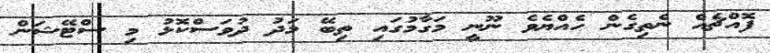
ފޮއްޗެއް ނެތިގެން ހެއްޔެވެ ނޫނީ މަގާމުގައި ތިބޭ މަދު ދުވަސްކޮޅު މި ސްޓޭޝަން